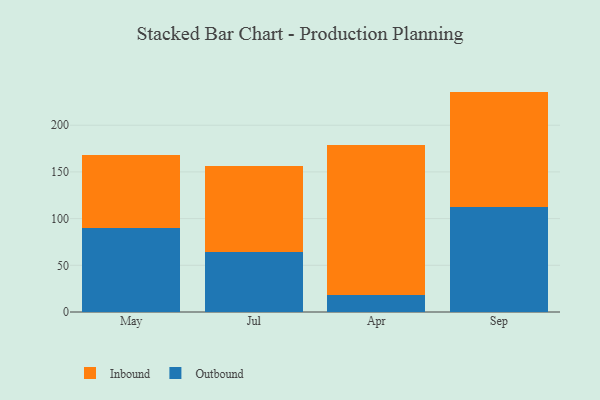
{"axis": {"x": "Month", "y": "Latency (ms)"}, "legend": ["Inbound", "Outbound"], "data": [{"x": "May", "y": 89.9, "type": "Outbound"}, {"x": "May", "y": 78.4, "type": "Inbound"}, {"x": "Jul", "y": 64.0, "type": "Outbound"}, {"x": "Jul", "y": 92.3, "type": "Inbound"}, {"x": "Apr", "y": 18.7, "type": "Outbound"}, {"x": "Apr", "y": 160.1, "type": "Inbound"}, {"x": "Sep", "y": 112.5, "type": "Outbound"}, {"x": "Sep", "y": 123.5, "type": "Inbound"}]}